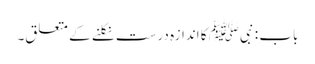
باب : نبیﷺ کا اندازہ درست نکلنے کے متعلق۔